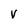
Character: V